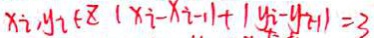
x _ { 2 } , y _ { 2 } \in z ( x _ { i } - x _ { i } - 1 ) + ( y _ { i } - y _ { 2 - 1 } ) = 3